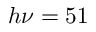
h \nu = 5 1